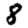
Digit: 8